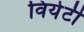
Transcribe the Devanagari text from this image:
वियेटी